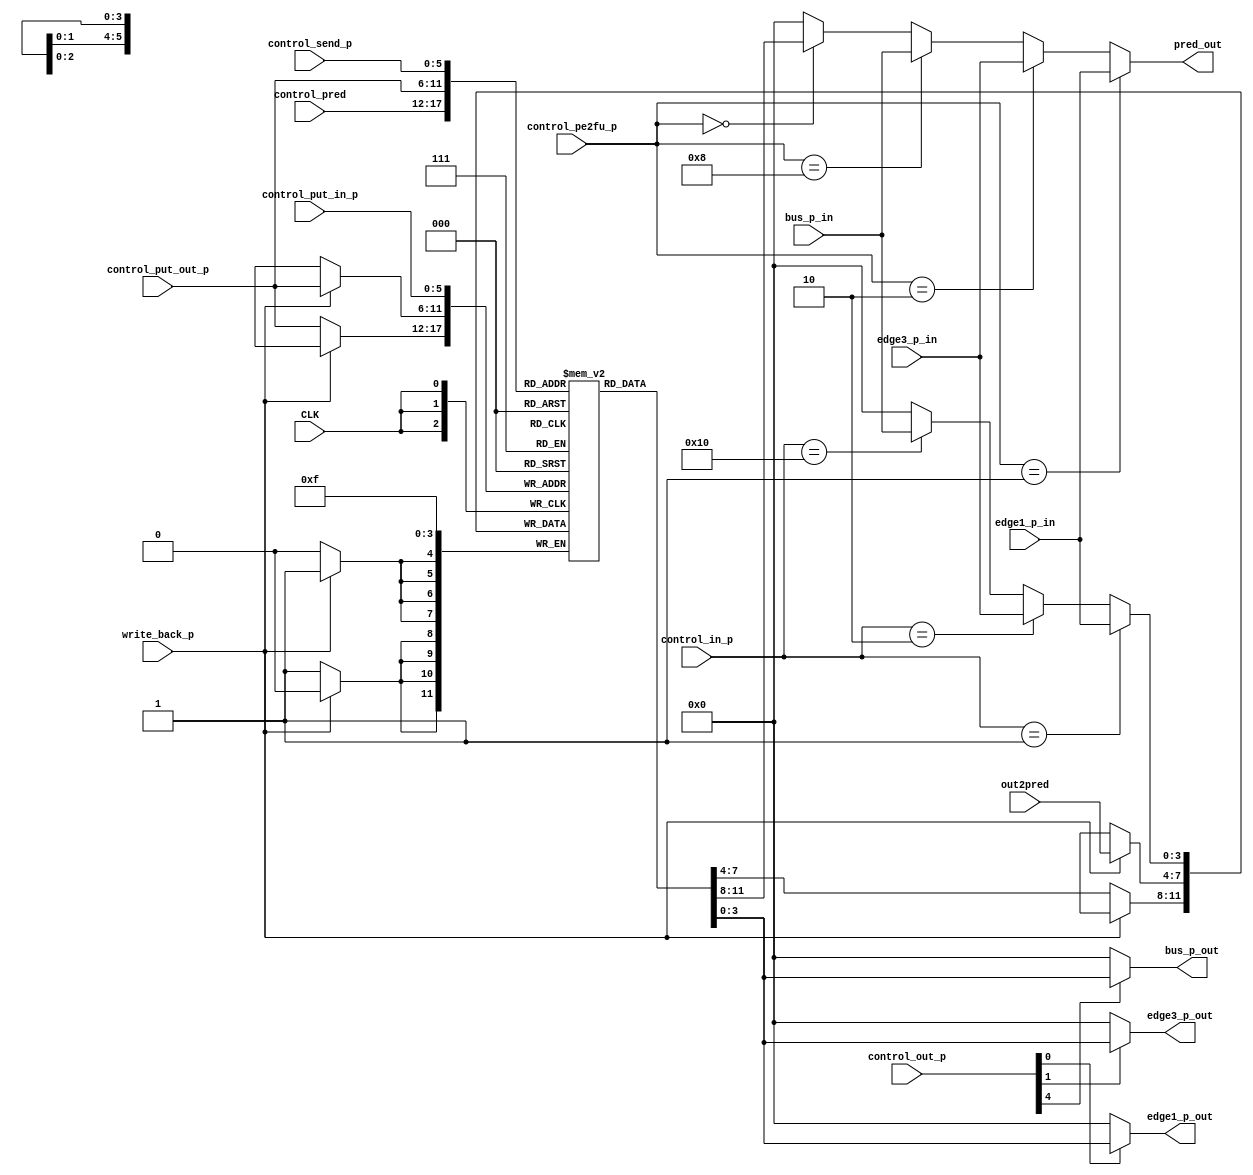
`timescale 1ns / 1ps
//////////////////////////////////////////////////////////////////////////////////
// Company: 
// Engineer: 
// 
// Design Name: 
// Module Name:    pred_reg1 
// Project Name: 
// Target Devices: 
// Tool versions: 
// Description: 
//
// Dependencies: 
//
// Revision: 
// Revision 0.01 - File Created
// Additional Comments: 
//
//////////////////////////////////////////////////////////////////////////////////
module pred_reg1( edge1_p_in, edge3_p_in, bus_p_in, edge1_p_out, edge3_p_out, bus_p_out, write_back_p, control_in_p, control_put_in_p, out2pred, control_put_out_p,
		control_pred, pred_out, CLK, control_out_p, control_send_p, control_pe2fu_p
    );
	 
	 input CLK , write_back_p;
	 
	 input [3:0] out2pred;
	 input [8:0] control_in_p, control_out_p;
	 input [5:0] control_put_in_p, control_put_out_p, control_pred, control_send_p;
	 output [3:0] pred_out;
	 
	 input [3:0] control_pe2fu_p;
	 
	 input [3:0] edge1_p_in, edge3_p_in, bus_p_in;
	 output [3:0] edge1_p_out, edge3_p_out, bus_p_out;
	 
	 reg [3:0] pred_reg_file [63:0];
	 wire [3:0] mux2pred, demux_out_p;
	 
	 // counter
	 //reg [3:0] counter;
	 //
	 
	 
	 
	 //////////// MUX
	 assign mux2pred = (control_in_p == 9'b000000001 )? edge1_p_in :
							 (control_in_p == 9'b000000010 )? edge3_p_in :
							 (control_in_p == 9'b000010000 )? bus_p_in	: 0;
	///////////////////////////////////////////////////////
	
	assign pred_out = (control_pe2fu_p == 4'b0001)? edge1_p_in:
							(control_pe2fu_p == 4'b0010)? edge3_p_in:
							(control_pe2fu_p == 4'b1000)?	bus_p_in:
							(control_pe2fu_p == 4'b0000)? pred_reg_file [control_pred] : 0;
	
	
	always @ (negedge CLK)
	begin
		//OHPEeipred
					pred_reg_file [control_put_in_p] <= mux2pred;
		//FUeipred
					if(write_back_p == 1'b1)
					pred_reg_file[control_put_out_p] <=  out2pred;
					else
					pred_reg_file[control_put_out_p] <= pred_reg_file[control_put_out_p];
					
					//demux_out_p = pred_reg_file[control_send_p];
					
	end
	assign demux_out_p = pred_reg_file[control_send_p];
	
	
	/////// DEMUX////////////////////
	assign edge1_p_out = (control_out_p[0] == 1 )? demux_out_p : 0;
	assign edge3_p_out = (control_out_p[1] == 1 )? demux_out_p : 0;
	assign bus_p_out = 	(control_out_p[4] == 1 )? demux_out_p : 0;
	
	//////////////////////////////////////////////////////////////////////
	
	
endmodule